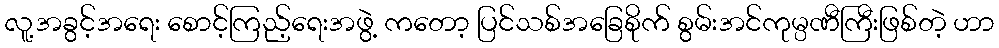
လူ့အခွင့်အရေး စောင့်ကြည့်ရေးအဖွဲ့ ကတော့ ပြင်သစ်အခြေစိုက် စွမ်းအင်ကုမ္ပဏီကြီးဖြစ်တဲ့ ဟာ